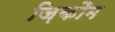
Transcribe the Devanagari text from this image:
ज़िकौम